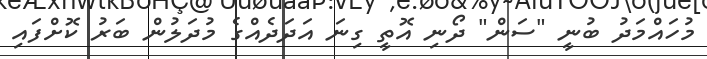
މުހައްމަދު ބުނީ "ސަން" ދޯނި އޮތީ ގިނަ އަދަދެއްގެ މުދަލުން ބަރު ކޮށްފައި